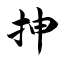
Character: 抻